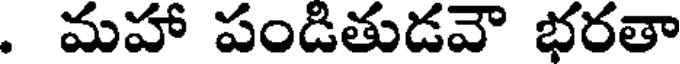
. మహా పండితుడవౌ భరతా